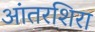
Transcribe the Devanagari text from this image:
आंतरशिरा